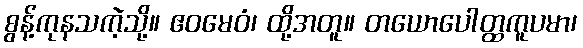
စွန့်ကုနသကဲ့သို့။ ဧဝမေဝံ၊ ထို့အတူ။ တယောပေါတ္ထကူပမာ၊